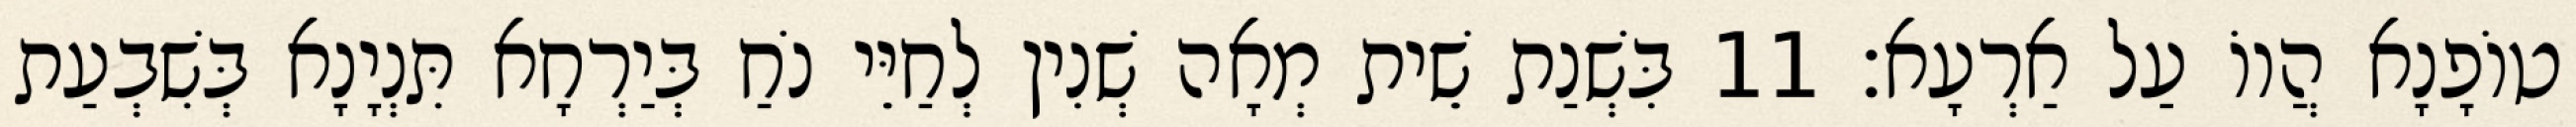
טוֹפָנָא הֲווֹ עַל אַרְעָא׃ 11 בִּשְׁנַת שֵׁית מְאָה שְׁנִין לְחַיֵּי נֹחַ בְּיַרְחָא תִּנְיָנָא בְּשִׁבְעַת